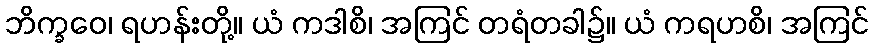
ဘိက္ခဝေ၊ ရဟန်းတို့။ ယံ ကဒါစိ၊ အကြင် တရံတခါ၌။ ယံ ကရဟစိ၊ အကြင်